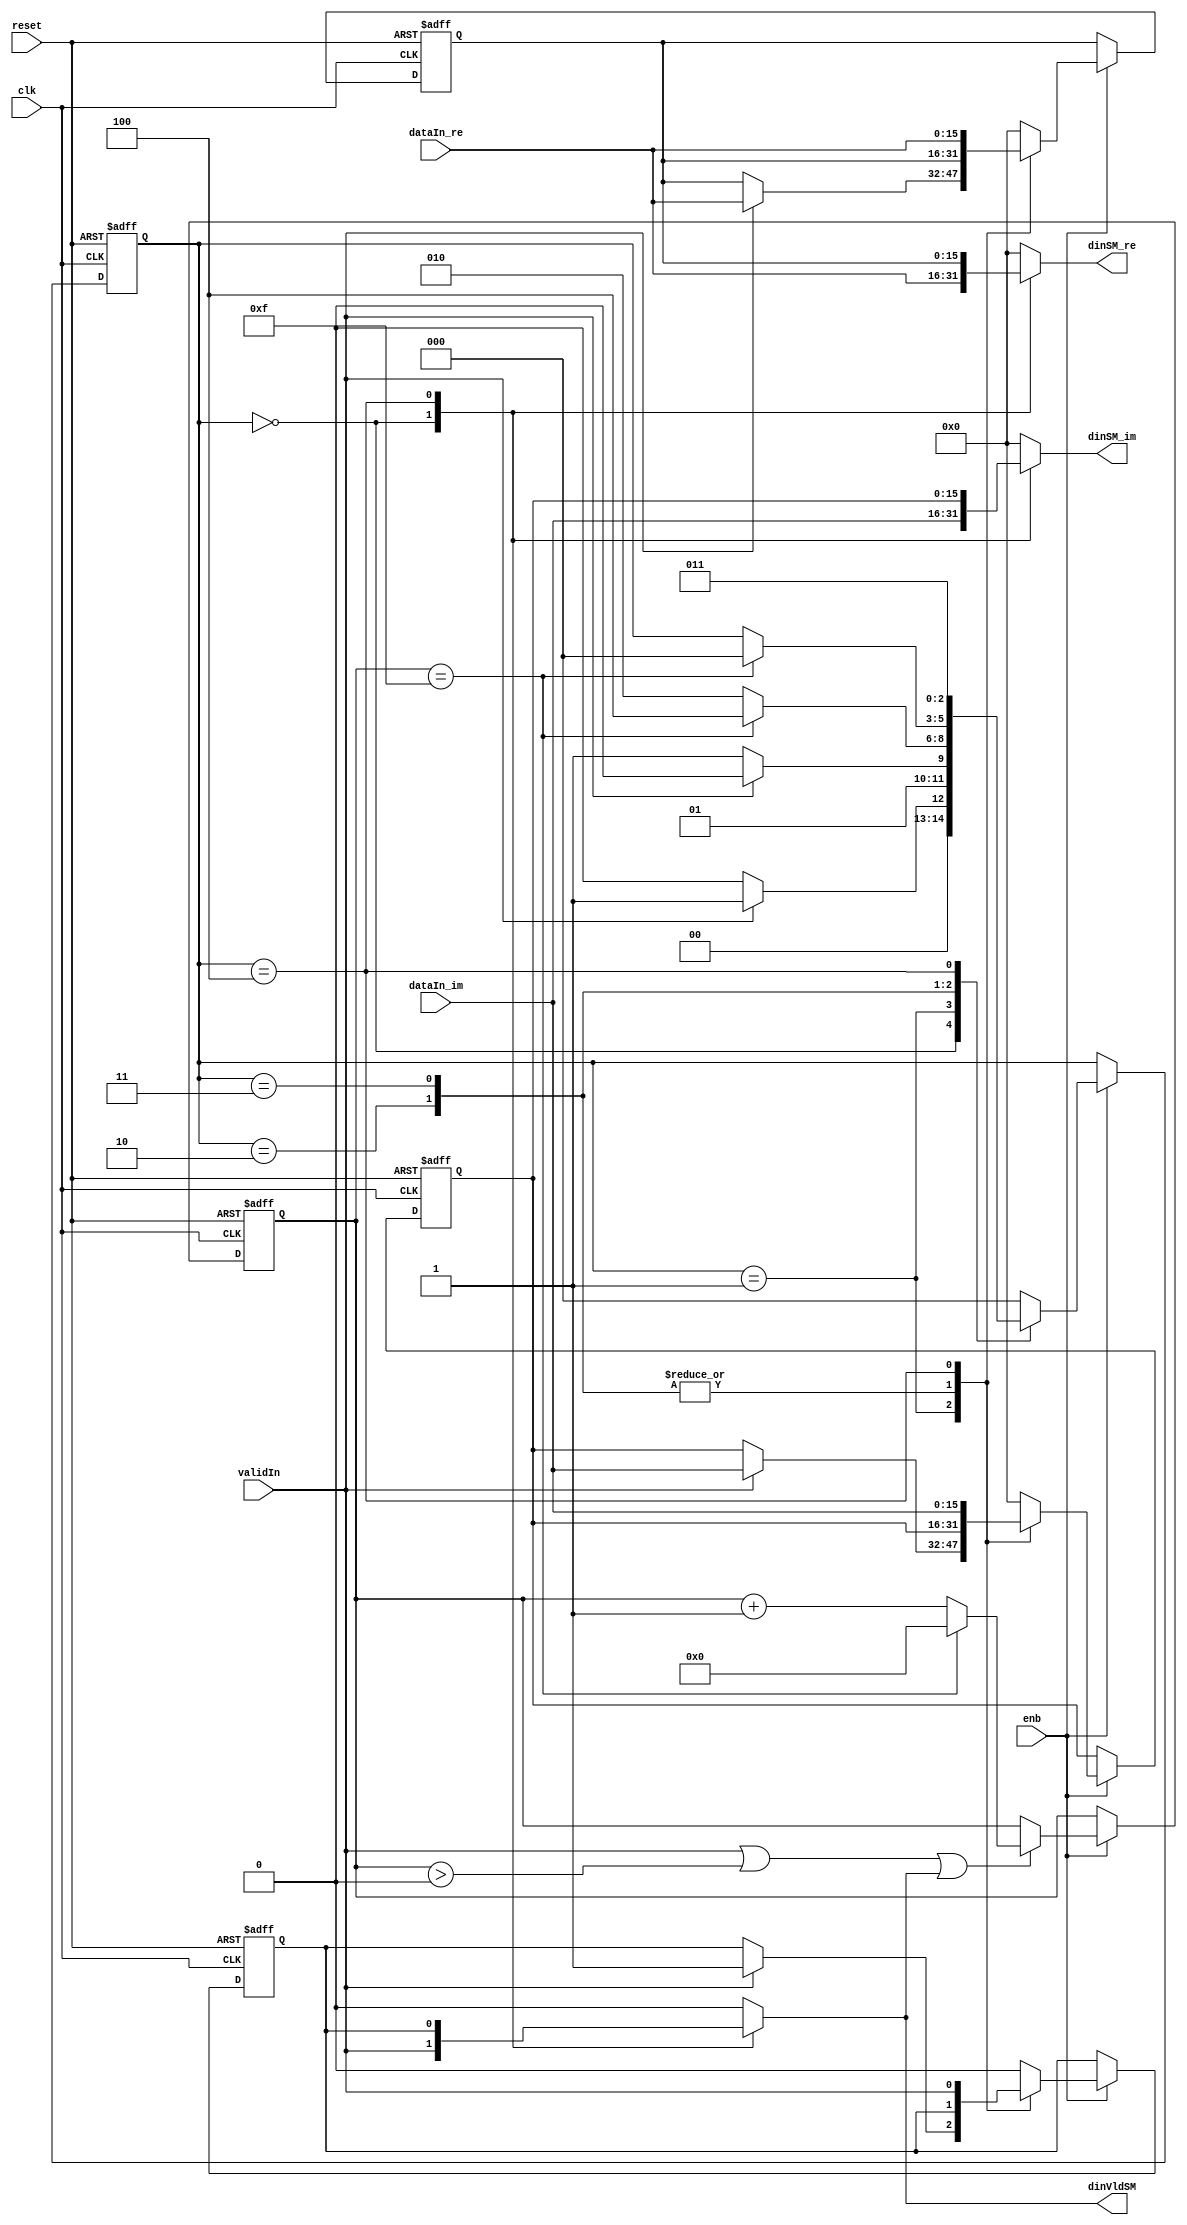
// -------------------------------------------------------------
// 
// 
// Generated by MATLAB 9.13 and HDL Coder 4.0
// 
// -------------------------------------------------------------


// -------------------------------------------------------------
// 
// Module: FirRdyLogic_block3
// Source Path: DUCforLTEHDL/HDL_DUC/Lowpass Interpolator/DUCforLTEHDL/HDL_DUC/Lowpass Interpolator/FIRFilter1/FirRdyLogic
// Hierarchy Level: 3
// 
// -------------------------------------------------------------

`timescale 1 ns / 1 ns

module FirRdyLogic_block3
          (clk,
           reset,
           enb,
           dataIn_re,
           dataIn_im,
           validIn,
           dinSM_re,
           dinSM_im,
           dinVldSM);


  input   clk;
  input   reset;
  input   enb;
  input   signed [15:0] dataIn_re;  // sfix16_En15
  input   signed [15:0] dataIn_im;  // sfix16_En15
  input   validIn;
  output  signed [15:0] dinSM_re;  // sfix16_En15
  output  signed [15:0] dinSM_im;  // sfix16_En15
  output  dinVldSM;


  wire syncReset;
  reg signed [15:0] firRdy_xdin_re;  // sfix16_En15
  reg signed [15:0] firRdy_xdin_im;  // sfix16_En15
  reg  firRdy_xdinVld;
  reg [2:0] firRdy_state;  // ufix3
  reg  firRdy_readyReg;
  reg [3:0] firRdy_count;  // ufix4
  reg signed [15:0] firRdy_xdin_next_re;  // sfix16_En15
  reg signed [15:0] firRdy_xdin_next_im;  // sfix16_En15
  reg  firRdy_xdinVld_next;
  reg [2:0] firRdy_state_next;  // ufix3
  reg  firRdy_readyReg_next;
  reg [3:0] firRdy_count_next;  // ufix4
  reg  readySM;
  reg signed [15:0] dinSM_re_1;  // sfix16_En15
  reg signed [15:0] dinSM_im_1;  // sfix16_En15
  reg  dinVldSM_1;
  reg  firRdy_out2_0;
  reg [3:0] firRdy_count_temp;  // ufix4


  assign syncReset = 1'b0;



  // rdyLogic
  always @(posedge clk or posedge reset)
    begin : firRdy_process
      if (reset == 1'b1) begin
        firRdy_state <= 3'b000;
        firRdy_xdin_re <= 16'sb0000000000000000;
        firRdy_xdin_im <= 16'sb0000000000000000;
        firRdy_xdinVld <= 1'b0;
        firRdy_readyReg <= 1'b1;
        firRdy_count <= 4'b0000;
      end
      else begin
        if (enb) begin
          firRdy_xdin_re <= firRdy_xdin_next_re;
          firRdy_xdin_im <= firRdy_xdin_next_im;
          firRdy_xdinVld <= firRdy_xdinVld_next;
          firRdy_state <= firRdy_state_next;
          firRdy_readyReg <= firRdy_readyReg_next;
          firRdy_count <= firRdy_count_next;
        end
      end
    end

  always @(dataIn_im, dataIn_re, firRdy_count, firRdy_readyReg, firRdy_state,
       firRdy_xdinVld, firRdy_xdin_im, firRdy_xdin_re, syncReset, validIn) begin
    firRdy_count_temp = firRdy_count;
    firRdy_xdin_next_re = firRdy_xdin_re;
    firRdy_xdin_next_im = firRdy_xdin_im;
    firRdy_xdinVld_next = firRdy_xdinVld;
    firRdy_state_next = firRdy_state;
    firRdy_readyReg_next = firRdy_readyReg;
    if ( ! syncReset) begin
      case ( firRdy_state)
        3'b000 :
          begin
            dinSM_re_1 = dataIn_re;
            dinSM_im_1 = dataIn_im;
            firRdy_out2_0 = validIn;
            firRdy_state_next = 3'b000;
            firRdy_readyReg_next = 1'b1;
            firRdy_xdin_next_re = 16'sb0000000000000000;
            firRdy_xdin_next_im = 16'sb0000000000000000;
            firRdy_xdinVld_next = 1'b0;
            if (validIn) begin
              firRdy_state_next = 3'b001;
              firRdy_readyReg_next = 1'b0;
            end
          end
        3'b001 :
          begin
            dinSM_re_1 = 16'sb0000000000000000;
            dinSM_im_1 = 16'sb0000000000000000;
            firRdy_out2_0 = 1'b0;
            firRdy_state_next = 3'b011;
            if (validIn) begin
              firRdy_state_next = 3'b010;
              firRdy_xdin_next_re = dataIn_re;
              firRdy_xdin_next_im = dataIn_im;
              firRdy_xdinVld_next = 1'b1;
            end
          end
        3'b010 :
          begin
            dinSM_re_1 = 16'sb0000000000000000;
            dinSM_im_1 = 16'sb0000000000000000;
            firRdy_out2_0 = 1'b0;
            firRdy_state_next = 3'b010;
            if (firRdy_count == 4'b1111) begin
              firRdy_state_next = 3'b100;
            end
            firRdy_readyReg_next = 1'b0;
          end
        3'b011 :
          begin
            if (firRdy_count == 4'b1111) begin
              firRdy_readyReg_next = 1'b1;
              firRdy_state_next = 3'b000;
            end
            dinSM_re_1 = 16'sb0000000000000000;
            dinSM_im_1 = 16'sb0000000000000000;
            firRdy_out2_0 = 1'b0;
          end
        3'b100 :
          begin
            firRdy_state_next = 3'b011;
            dinSM_re_1 = firRdy_xdin_re;
            dinSM_im_1 = firRdy_xdin_im;
            firRdy_out2_0 = firRdy_xdinVld;
            firRdy_xdin_next_re = dataIn_re;
            firRdy_xdin_next_im = dataIn_im;
            firRdy_xdinVld_next = validIn;
          end
        default :
          begin
            dinSM_re_1 = 16'sb0000000000000000;
            dinSM_im_1 = 16'sb0000000000000000;
            firRdy_out2_0 = 1'b0;
            firRdy_state_next = 3'b000;
            firRdy_xdin_next_re = 16'sb0000000000000000;
            firRdy_xdin_next_im = 16'sb0000000000000000;
            firRdy_xdinVld_next = 1'b0;
            firRdy_readyReg_next = 1'b1;
          end
      endcase
    end
    else begin
      firRdy_state_next = 3'b000;
      firRdy_xdin_next_re = 16'sb0000000000000000;
      firRdy_xdin_next_im = 16'sb0000000000000000;
      firRdy_xdinVld_next = 1'b0;
      firRdy_readyReg_next = 1'b0;
      firRdy_count_temp = 4'b0000;
      firRdy_out2_0 = 1'b0;
      dinSM_re_1 = dataIn_re;
      dinSM_im_1 = dataIn_im;
    end
    if ((validIn || (firRdy_count_temp > 4'b0000)) || firRdy_out2_0) begin
      if (firRdy_count_temp == 4'b1111) begin
        firRdy_count_temp = 4'b0000;
      end
      else begin
        firRdy_count_temp = firRdy_count_temp + 4'b0001;
      end
    end
    readySM = firRdy_readyReg;
    dinVldSM_1 = firRdy_out2_0;
    firRdy_count_next = firRdy_count_temp;
  end



  assign dinSM_re = dinSM_re_1;

  assign dinSM_im = dinSM_im_1;

  assign dinVldSM = dinVldSM_1;

endmodule  // FirRdyLogic_block3